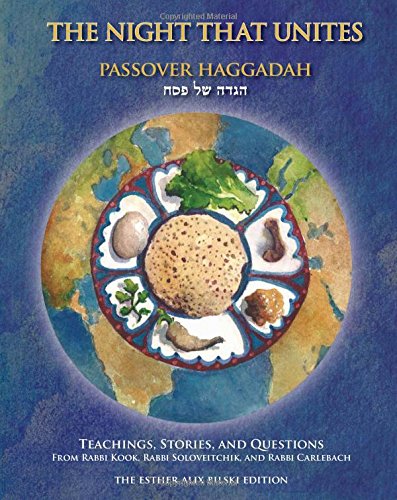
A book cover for The Night That Unites Passover Haggadah: Teachings, Stories, and Questions from Rabbi Kook, Rabbi Soloveitchik, and Rabbi Carlebach; Aaron Goldscheider; Religion & Spirituality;